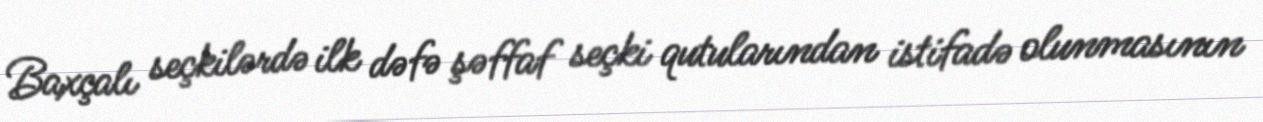
Baxçalı seçkilərdə ilk dəfə şəffaf seçki qutularından istifadə olunmasının